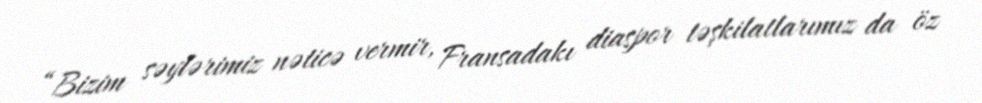
“Bizim səylərimiz nəticə vermir, Fransadakı diaspor təşkilatlarımız da öz